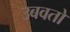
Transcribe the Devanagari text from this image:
उबवतो